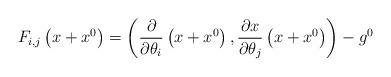
\begin{align*}F_{i,j}\left( x+x^{0}\right) =\left( \frac{\partial}{\partial\theta_{i}}\left( x+x^{0}\right) ,\frac{\partial x}{\partial\theta_{j}}\left(x+x^{0}\right) \right) -g^{0} \end{align*}